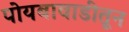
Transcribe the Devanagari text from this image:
पोयबावाडीतून